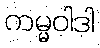
ကမ္မဝါဒါ